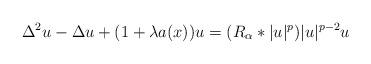
LaTeX: \begin{align*}\Delta^{2}u-\Delta u+(1+\lambda a(x))u=(R_{\alpha}\ast|u|^{p})|u|^{p-2}u\end{align*}